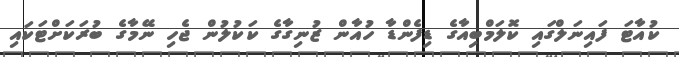
ކުއާޓަ ފައިނަލްގައި ކޮލަމްބިއާގެ ޑިފެންޑާ ހުއާން ޒުނިގާގެ ކަކުލުން ޖެހި ނޭމާގެ ބުރަކަށްޓަކައި